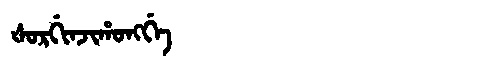
Manchu: ᡧᠣᡵᡤᡳᠨᠵᡳᡥᠣᠩᡤᡝ
Romanization: ŠORGINJIHONGGE